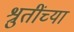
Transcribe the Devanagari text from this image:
श्रुतींच्या